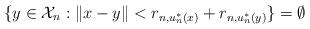
LaTeX: \begin{align*}\{y \in \mathcal{X}_n: \|x-y\| < r_{n,u_n^*(x)}+r_{n,u_n^*(y)} \} = \emptyset\end{align*}